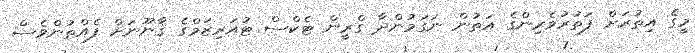
މީގެ އިތުރަށް ފަތުރުވެރިންގެ އަތުން ނަގަމުންދާ ގްރީން ޓެކްސް ޓުއަރިޒަމްގެ ޤާނޫނަށް ފެއްތުންވެސް